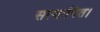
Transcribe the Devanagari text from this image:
सत्यापित।